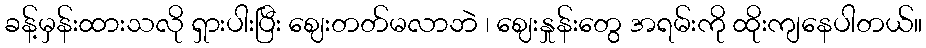
ခန့်မှန်းထားသလို ရှားပါးပြီး ဈေးတတ်မလာဘဲ ၊ ဈေးနှုန်းတွေ အရမ်းကို ထိုးကျနေပါတယ်။